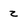
Character: z